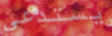
يستدعي